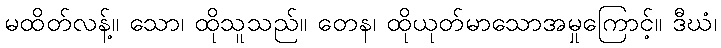
မထိတ်လန့်။ သော၊ ထိုသူသည်။ တေန၊ ထိုယုတ်မာသောအမှုကြောင့်။ ဒီဃံ၊